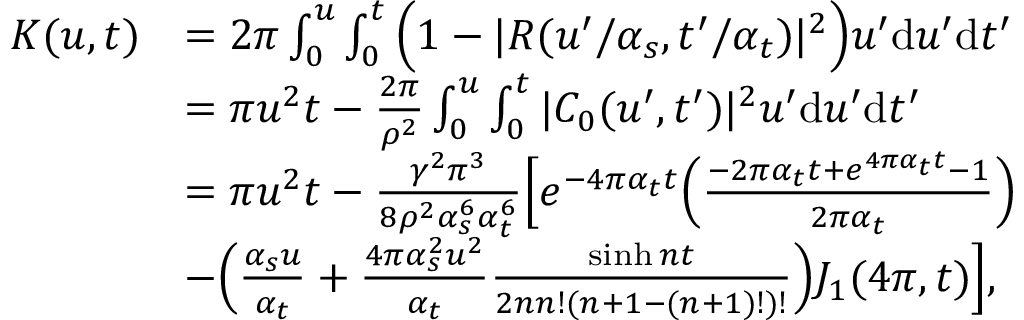
\begin{array} { r l } { K ( u , t ) } & { = 2 \pi \int _ { 0 } ^ { u } \int _ { 0 } ^ { t } \Big ( 1 - | R ( u ^ { \prime } / \alpha _ { s } , t ^ { \prime } / \alpha _ { t } ) | ^ { 2 } \Big ) u ^ { \prime } \mathrm d u ^ { \prime } \mathrm d t ^ { \prime } } \\ & { = \pi u ^ { 2 } t - \frac { 2 \pi } { \rho ^ { 2 } } \int _ { 0 } ^ { u } \int _ { 0 } ^ { t } | C _ { 0 } ( u ^ { \prime } , t ^ { \prime } ) | ^ { 2 } u ^ { \prime } \mathrm d u ^ { \prime } \mathrm d t ^ { \prime } } \\ & { = \pi u ^ { 2 } t - \frac { \gamma ^ { 2 } \pi ^ { 3 } } { 8 \rho ^ { 2 } \alpha _ { s } ^ { 6 } \alpha _ { t } ^ { 6 } } \Big [ e ^ { - 4 \pi \alpha _ { t } t } \Big ( \frac { - 2 \pi \alpha _ { t } t + e ^ { 4 \pi \alpha _ { t } t } - 1 } { 2 \pi \alpha _ { t } } \Big ) } \\ & { - \Big ( \frac { \alpha _ { s } u } { \alpha _ { t } } + \frac { 4 \pi \alpha _ { s } ^ { 2 } u ^ { 2 } } { \alpha _ { t } } \frac { \sinh n t } { 2 n n ! ( n + 1 - ( n + 1 ) ! ) ! } \Big ) J _ { 1 } ( 4 \pi , t ) \Big ] , } \end{array}